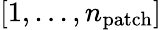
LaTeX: [1,...,n_{\mathrm{{patch}}}]